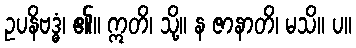
ဥပနိဗဒ္ဓံ၊ ၏။ ဣတိ၊ သို့။ န ဇာနာတိ၊ မသိ။ ပ။